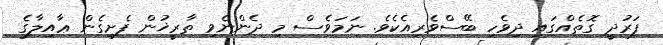
ފަރުދީ ގޮތެއްގައި ދިވެހި ބޭސްވެރިއެކެވެ. ނަމަވެސް މި ދެންނެވި ތާރީޚުން ފެށިގެން ޢާއިލާގެ